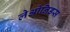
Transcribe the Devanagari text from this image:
लेओनिडस